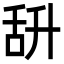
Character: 𦧌